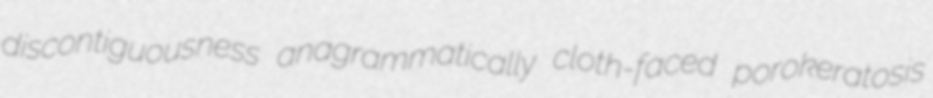
discontiguousness anagrammatically cloth-faced porokeratosis